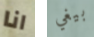
انا بيغي